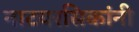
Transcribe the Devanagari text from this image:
नाटयरसिकांनी